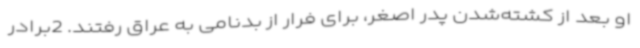
او بعد از کشته‌شدن پدر اصغر، برای فرار از بدنامی به عراق رفتند. 2برادر